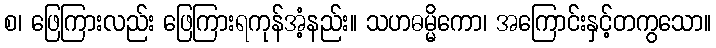
စ၊ ဖြေကြားလည်း ဖြေကြားရကုန်အံ့နည်း။ သဟဓမ္မိကော၊ အကြောင်းနှင့်တကွသော။